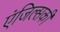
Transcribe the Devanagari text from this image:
एंजिल्सकी